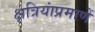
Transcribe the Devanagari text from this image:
क्षत्रियांप्रमाणें